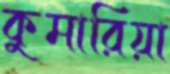
কুমারিয়া